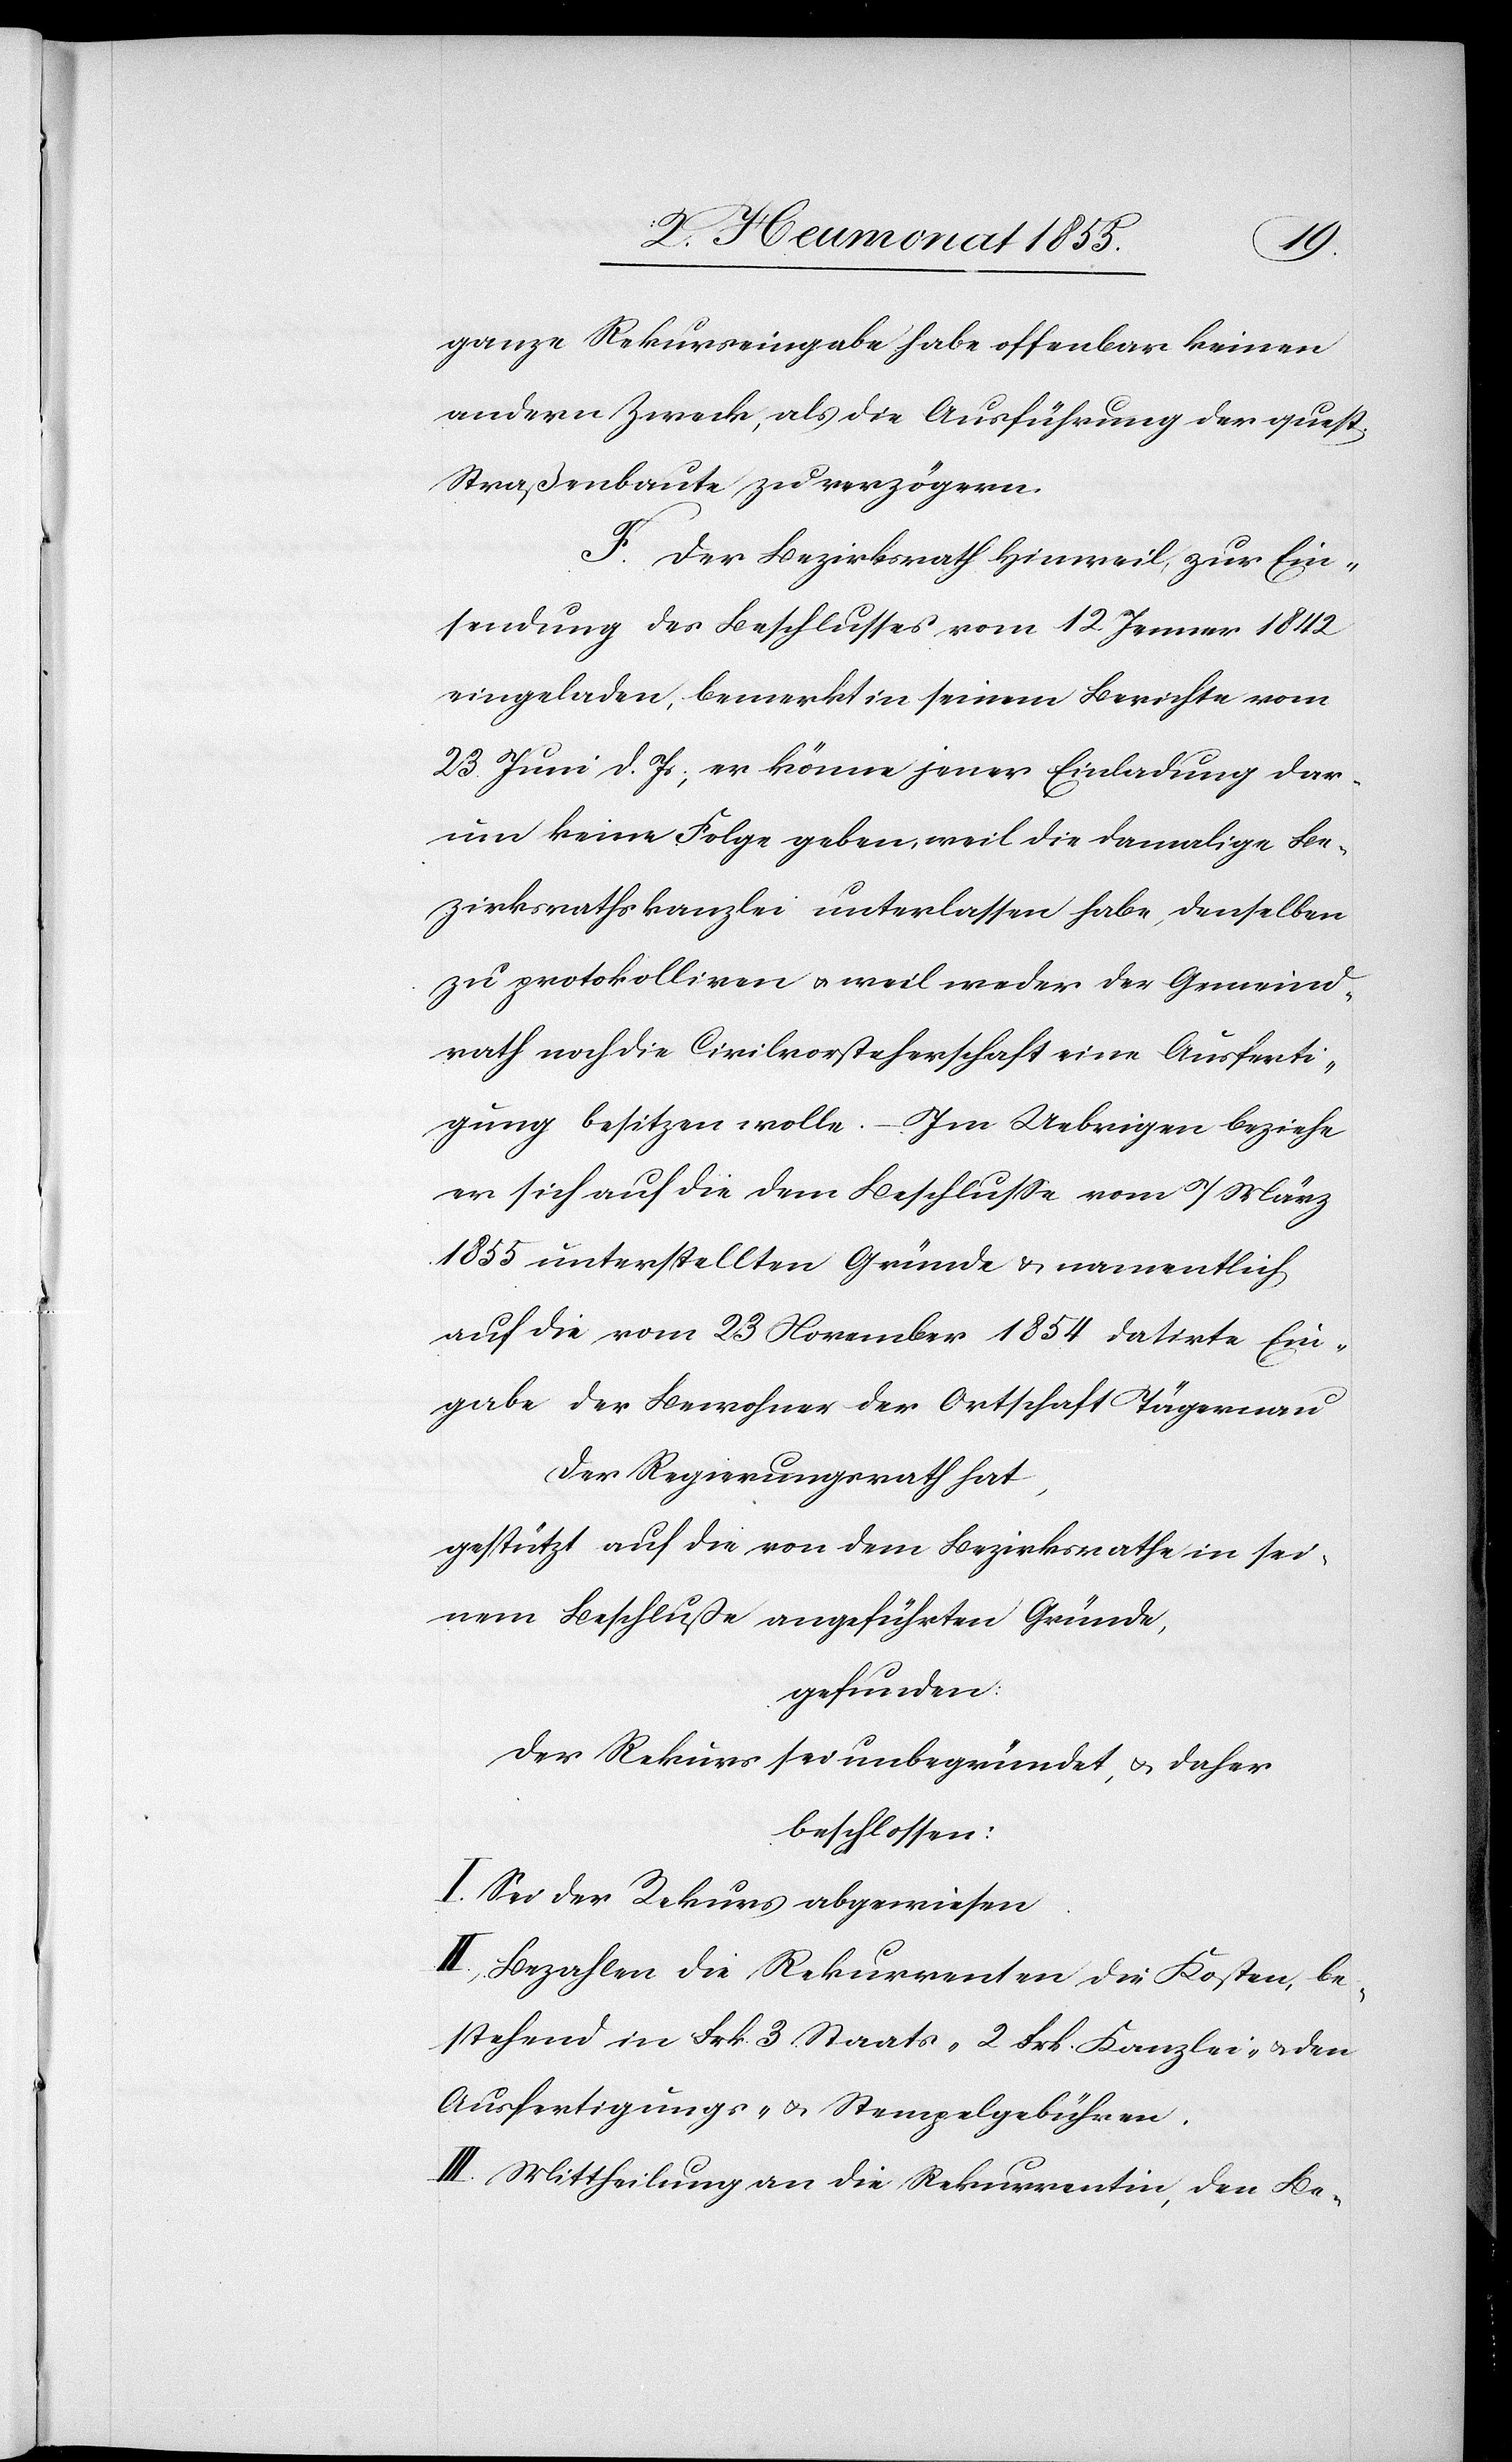
ganze Rekurseingabe habe offenbar keinen
andern Zweck, als die Ausführung der quest.
Straßenbaute zu verzögern.
F. Der Bezirksrath Hinweil, zur Ein¬
sendung des Beschlusses vom 12. Jenner 1842
eingeladen, bemerkt in seinem Berichte vom
23. Juni d. Js; er könne jener Einladung dar¬
um keine Folge geben, weil die damalige Be¬
zirksrathskanzlei unterlassen habe, denselben
zu protokolliren & weil weder der Gemeind¬
rath noch die Civilvorsteherschaft eine Ausferti¬
gung besitzen wolle. – Im Uebrigen beziehe
er sich auf die dem Beschlusse vom 7 März
1855 unterstellten Gründe & namentlich
auf die vom 23 November 1854 datirte Ein¬
gabe der Bewohner der Ortschaft Tägernau
Der Regierungsrath hat,
gestützt auf die von dem Bezirksrathe in sei¬
nem Beschluße angeführten Gründe,
gefunden:
Der Rekurs sei unbegründet, & daher
beschlossen:
I. Sei der Rekurs abgewiesen.
II., Bezahlen die Rekurrenten die Kosten, be¬
stehend in Frk. 3 Staats-[,] 2 Frk. Kanzlei- & den
Ausfertigungs- & Stempelgebühren.
III. Mittheilung an die Rekurrentin, den Be-